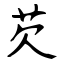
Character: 芡